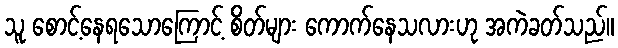
သူ စောင့်နေရသောကြောင့် စိတ်များ ကောက်နေသလားဟု အကဲခတ်သည်။